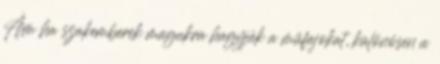
Ám ha szakemberek magukra hagyják a műfajokat, különösen a